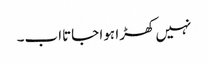
نہیں کھڑا ہوا جاتااب۔